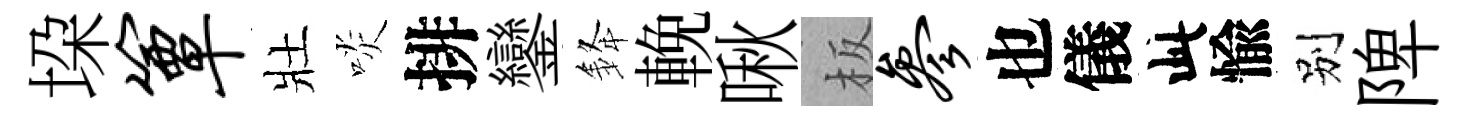
垜簟壯啖排鑾𨦟輓啾板参也儀此愉别陴